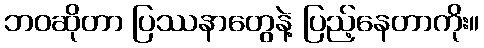
ဘဝဆိုတာ ပြဿနာတွေနဲ့ ပြည့်နေတာကိုး။